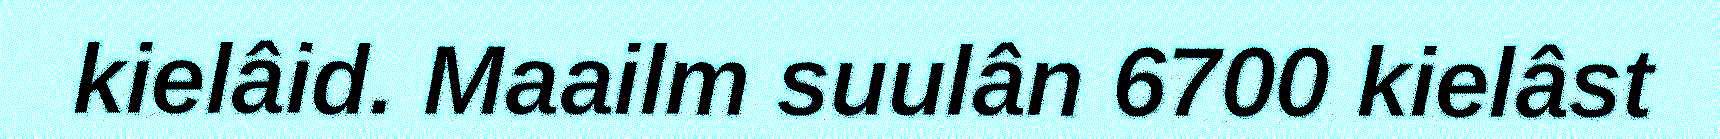
kielâid. Maailm suulân 6700 kielâst